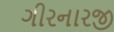
ગીરનારજી